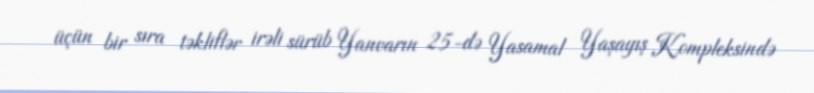
üçün bir sıra təkliflər irəli sürüb Yanvarın 25-də Yasamal Yaşayış Kompleksində